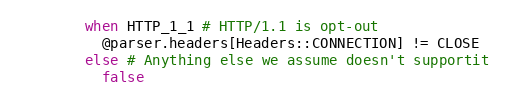
Language: Ruby
        when HTTP_1_1 # HTTP/1.1 is opt-out
          @parser.headers[Headers::CONNECTION] != CLOSE
        else # Anything else we assume doesn't supportit
          false